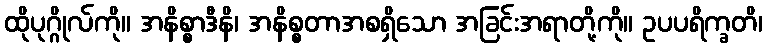
ထိုပုဂ္ဂိုလ်ကို။ အနိစ္စာဒီနိ၊ အနိစ္စတာအစရှိသော အခြင်းအရာတို့ကို။ ဥပပရိက္ခတိ၊